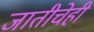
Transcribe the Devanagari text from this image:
जातीचेही